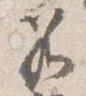
若